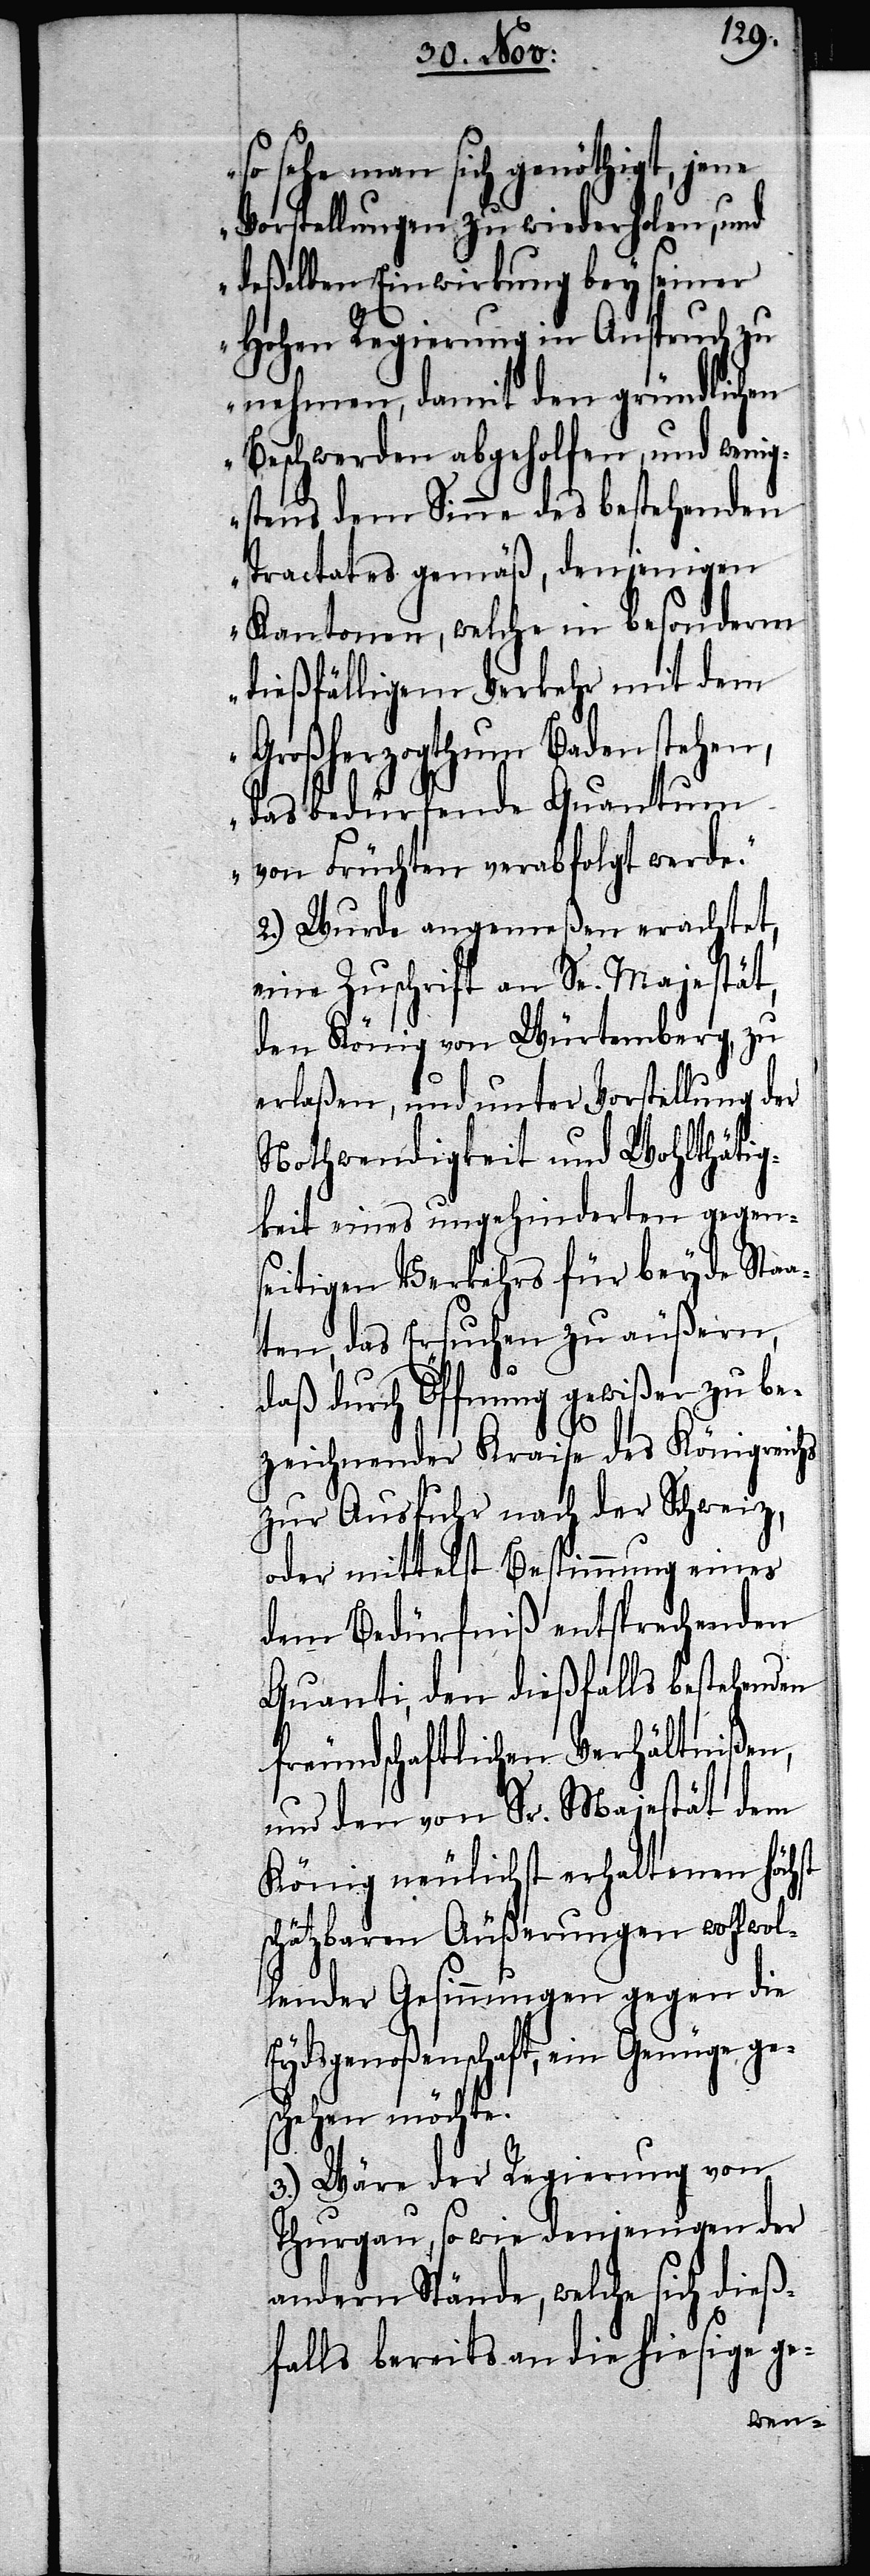
so sehe man sich genöthigt, jene
Vorstellungen zu wiederholen, und
deßelben Einwirkung bey seiner
Hohen Regierung in Anspruch zu
nehmen, damit den gründlichen
Beschwerden abgeholfen, und wenig¬
stens dem Sinne des bestehenden
Tractates gemäß, denjenigen
Kantonen, welche in besonderm
dießfälligem Verkehr mit dem
Großherzogthum Baden stehen,
das bedürfende Quantum
von Früchten verabfolgt werde.“
2.) Wurde angemeßen erachtet,
eine Zuschrift an Se. Majestät,
den König von Würtemberg, zu
erlaßen, und unter Vorstellung der
Nothwendigkeit und Wohlthätig¬
keit eines ungehinderten gegen¬
seitigen Verkehrs für beyde Staa¬
ten, das Ersuchen zu äußern,
daß durch Öffnung gewißer zu be¬
zeichnender Kraise des Königreichs
zur Ausfuhr nach der Schweiz,
oder mittelst Bestimmung eines
dem Bedürfniß entsprechenden
Quanti, den dießfalls bestehenden
freundschaftlichen Verhältnißen,
und den von Sr. Majestät dem
König neulichst erhaltenen höchst
schätzbaren Äußerungen wohlwol¬
lender Gesinnungen gegen die
Eydsgenoßenschaft, ein Genüge ge¬
schehen möchte.
3.) Wäre der Regierung von
Thurgau, so wie denjenigen der
andern Stände, welche sich dieß¬
falls bereits an die hiesige ge-